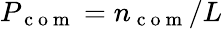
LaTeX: P_{\mathrm{~c~o~m~}}=n_{\mathrm{~c~o~m~}}/L